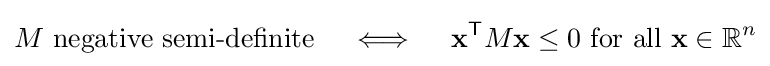
M{\text{ negative semi-definite}}\quad \iff \quad \mathbf {x} ^{\mathsf {T}}M\mathbf {x} \leq 0{\text{ for all }}\mathbf {x} \in \mathbb {R} ^{n}